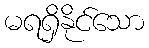
မရရှိနိုင်သော